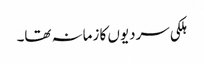
ہلکی سردیوں کا زمانہ تھا۔